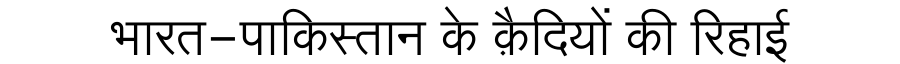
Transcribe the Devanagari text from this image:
भारत-पाकिस्तान के क़ैदियों की रिहाई